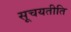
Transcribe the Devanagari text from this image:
सूचयतीति